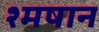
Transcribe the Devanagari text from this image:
श्मषान